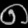
Digit: ၈